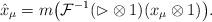
LaTeX: \begin{gather*}\hat{x}_\mu=m\big(\mathcal{F}^{-1}(\rhd\otimes 1)(x_\mu\otimes1)\big).\end{gather*}